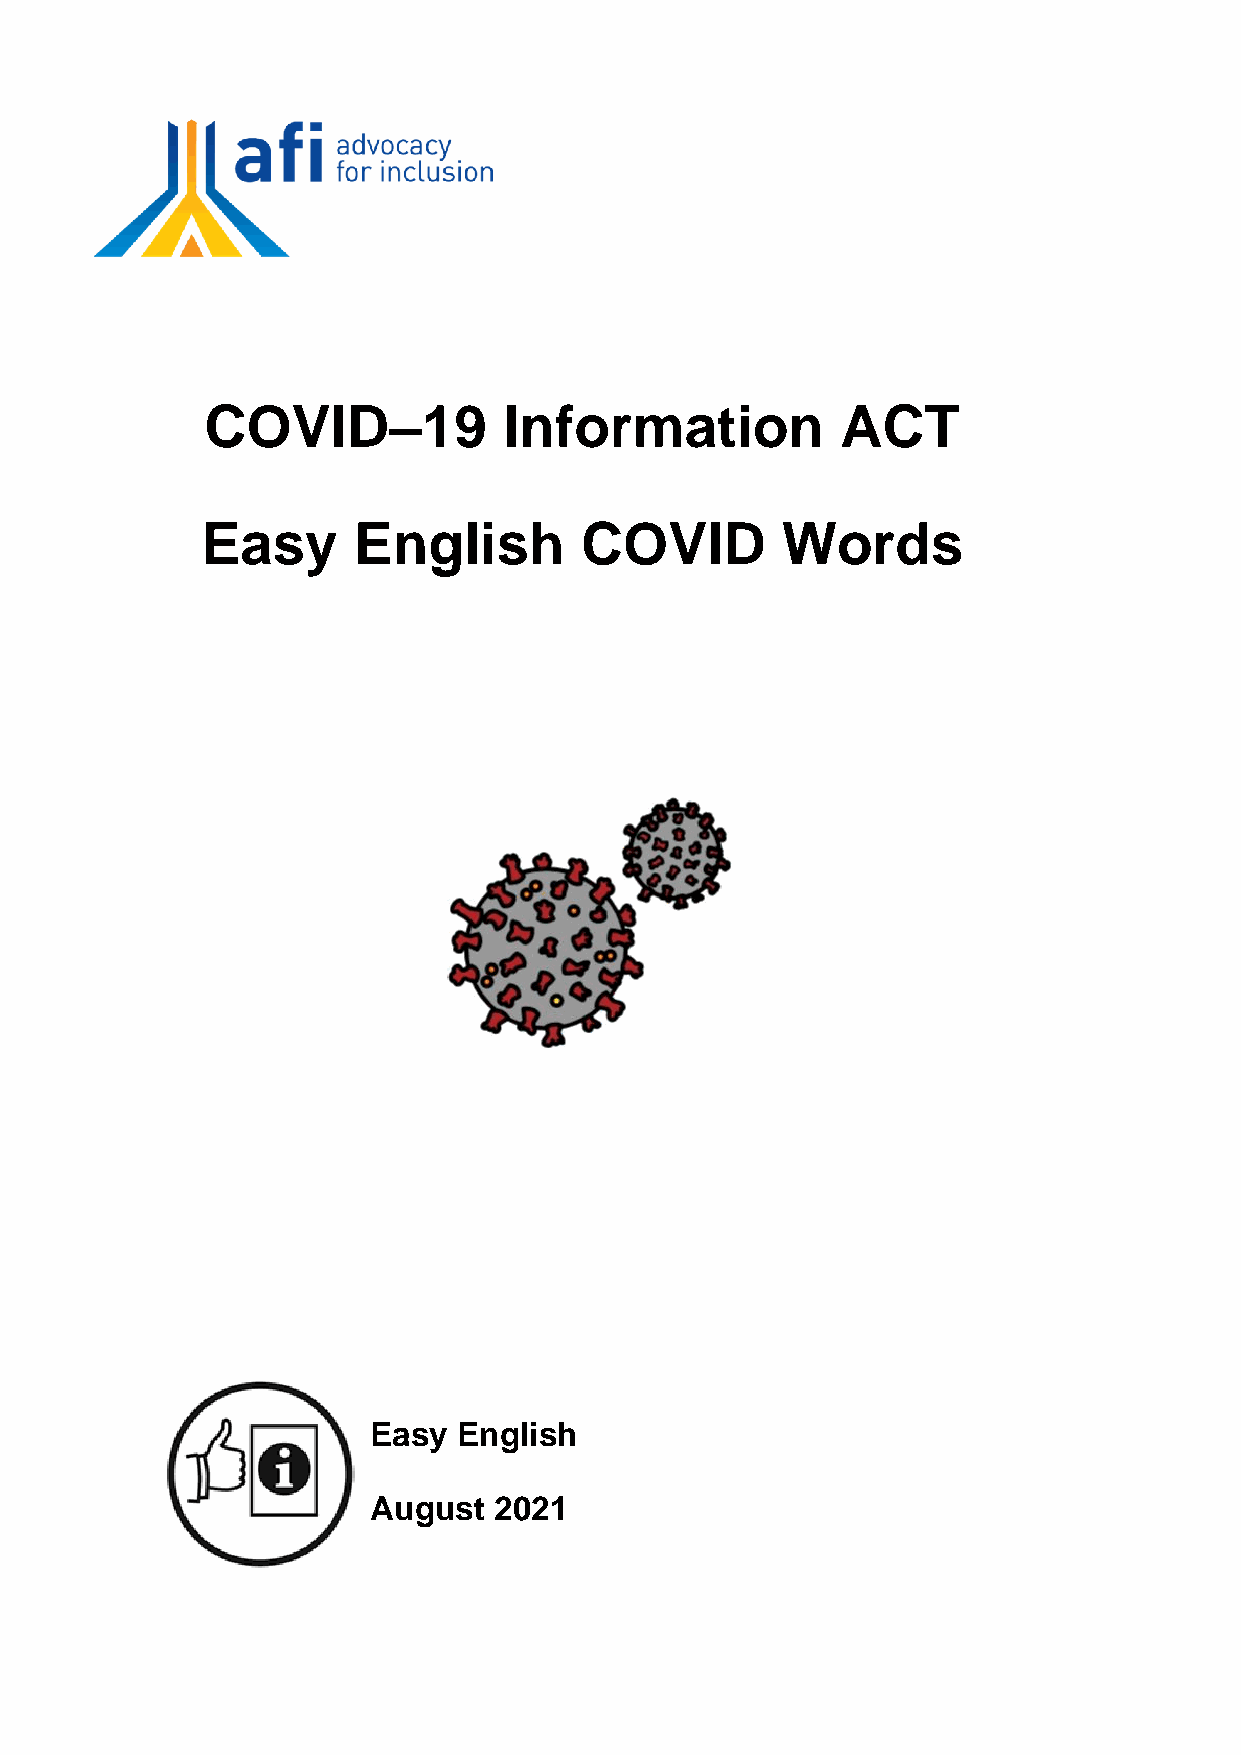
COVID–19           Information            ACT
 Easy      English        COVID         Words
 Easy  English
 August   2021